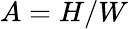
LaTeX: A=H/W